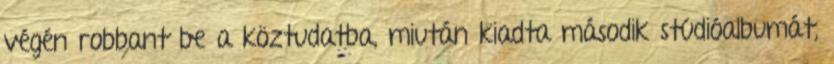
végén robbant be a köztudatba, miután kiadta második stúdióalbumát,